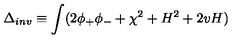
\Delta _ { i n v } \equiv \int ( 2 \phi _ { + } \phi _ { - } + \chi ^ { 2 } + H ^ { 2 } + 2 v H )